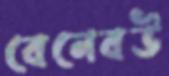
বেনেবউ